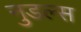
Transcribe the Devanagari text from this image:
नुडल्स